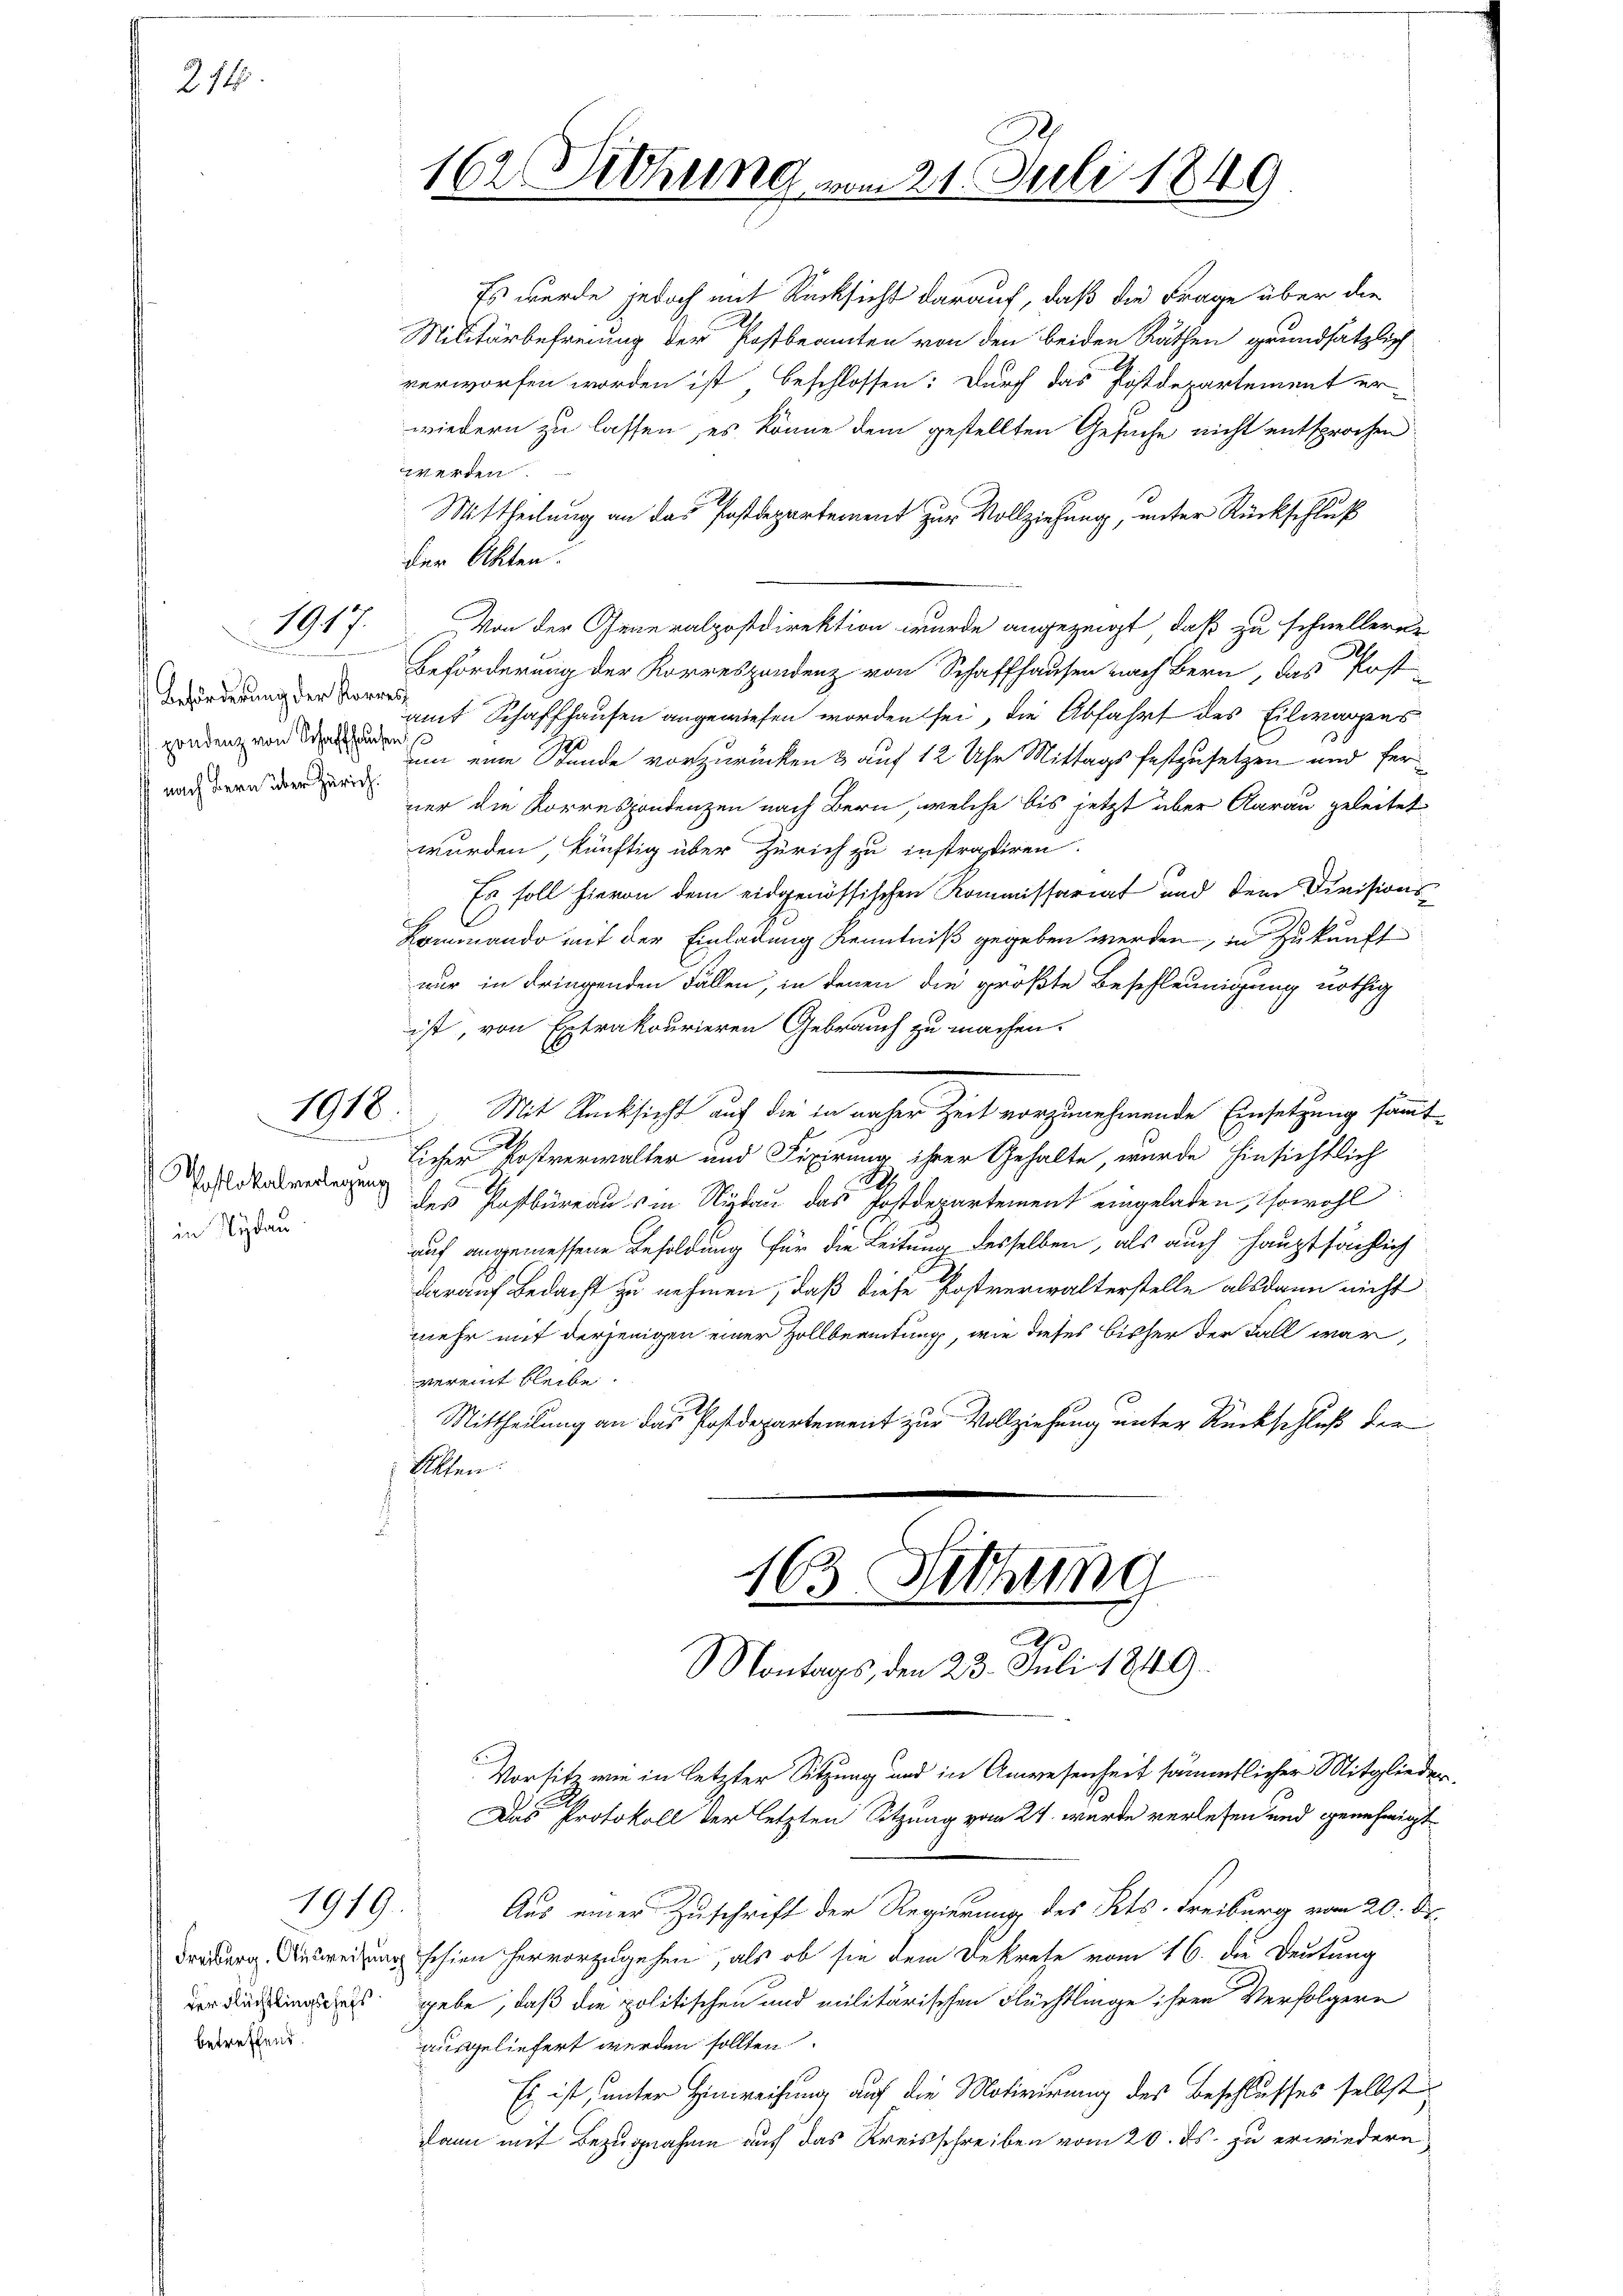
214.

1917.

Beförderung der Korres
nach Bern über Zürich.

1918
.

Poslokalverlegung
in Nydau

1919.

der Flüchtlingschefs
betreffend.

162. Diehung vom 21. Juli 1849

Es wurde jedoch mit Rücksicht darauf, daß die Frage über die
Militärbefreiung der Postbeamten von den beiden Räthen grundsätzlich
verworfen worden ist, beschlossen: Durch das Postdepartement er-
wiedern zu lassen, es könne dem gestellten Gesuche nicht entsprochen.
werden
Mittheilung an das Postdepartement zur Vollziehung, unter Rückschluß
der Akten.
Von der Generalpostdirektion wurde angezeigt, daß zu schnellern.
Beförderung der Korrespondenz von Schaffhausen nach Bern, das Post-
amt Schaffhausen angewiesen worden sei, die Abfahrt des Eilwarpes
eden von eine an eine Stunde vorzurücken & auf 12 Uhr Mittags festzusetzen und ferner die Korrespondenzen nach Bern, welche bis jetzt über Aarau geleitet
wurden, künftig über Zürich zu instrairen.
Es soll hievon dem eidgenössischen Kommissariat und dem Divisions¬
Lommando mit der Einladung Kenntniß gegeben werden, in Zukunft
nur in dringenden Fällen, in denen die größte Beschleunigung nöthig
ist, von Extrakourieren Gebrauch zu machen.
Mit Rücksicht auf die in nacher Zeit vorzunehmende Einsetzung sämmt¬
Eicher Postverwalter und Fixirung ihrer Gehalte, wurde hinsichtlich
des Postbureaus in Nidau das Postdepartement eingeladen, sowohl
auf angemessene Besoldung für die Leitung desselben, als auch hauptsächlich
darauf Bedacht zu nehmen, daß diese Postverwalterstelle alsdann nicht
mehr mit derjenigen einer Zollbeamtung, wie dieses bisher der Fall war,
vereint bleibe.
Mittheilung an das Postdepartement zur Vollziehung unter Rückschluß der
Sitten
t

163. Tithung
Montags, den 23. Juli 1849.

Vorsitz wie in letzter Sitzung und in Anwesenheit sämmtlicher Mitglieder
Das Protokoll der letzten Sitzung vom 24. wurde verlesen und genehmigt
Aus einer Zuschrift der Regierung des Kts. Freiburg vom 20. D
drer Ausweisung schien hervorzugehen, als ob sie dem Dekrete vom 16. die Deutung
gebe, daß die politischen und militärischen Flüchtlinge ihren Verfolgern
ausgeliefert werden sollten
Es ist, unter Einweisung auf die Motivirung des Beschlusses selbst
dann mit Bezugnahme auf das Kreisschreiben vom 20. ds. zu erwiedern,